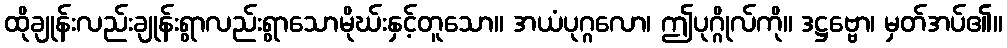
ထိုချုန်းလည်းချုန်းရွာလည်းရွာသောမိုဃ်းနှင့်တူသော။ အယံပုဂ္ဂလော၊ ဤပုဂ္ဂိုလ်ကို။ ဒဋ္ဌဗ္ဗော၊ မှတ်အပ်၏။